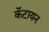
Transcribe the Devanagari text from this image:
कॅटायन